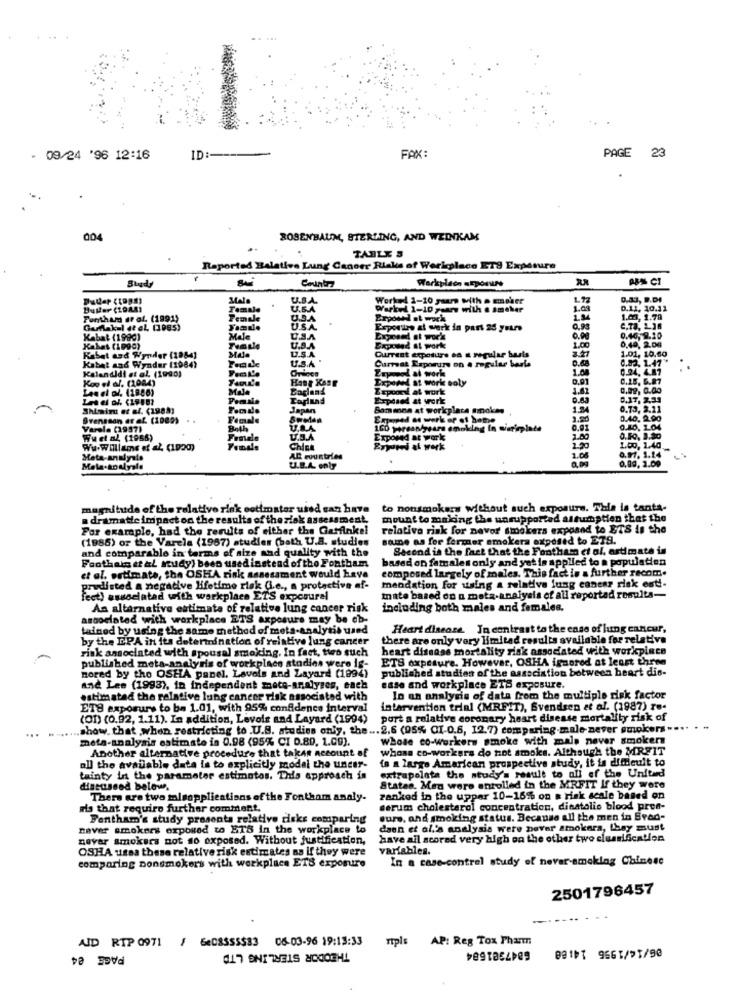
. 09/24 '96 12:16
ID :---
FAX:
PAGE 23
004
ROSENBAUM, STERLING, AND WEDNIKAM
Reported Halative Lung Cancer Risks of Workplace ETS Experure
Country
Werkpleon neporurs
ABN CI
Bugdy
U.S.A.
Worked 1-10 years with a smoker
L12
Temale
U.S.A
Werkel 1-10 years with . smaker
1.68
D.12, 10.11
Fontham ar of. (1991)
Female
0.3.4
Exposed at work
1.03. 1.78
Gurfakul et al. (1985)
SA
Erportes at werk in part 25 years
C.Ta, 1.16
Kabat (1990)
Male
0.08
0.46, 8.10
Kabat (1990)
Mate
U.S.A
Exposed IL pork
Current exposure da a regular basis
1.00
0,49, 2,00
1.01, 10,60
Rabat and Wynder (1984]
U.S.A.
Current Exporurs on A regular basis
0.82. 1.47
Kabat and Wynder (1984)
Kalandidi et al. (1990)
Eryouod at work
0.24. 4.87
Kop et al. (2084)
wod at work soly
0,91
0.15. 6.87
Male
Eaglans
Expoord at work
1.61
0.92, 0.00
Intel of, (19882
Tadund
Exposed at werk
0.63
0,17, 2,33
Shimint et al. (1988)
Japan
Bominna at workplace smokes
1.34
0.73, 2.11
Svensson at af (1989) ..
Female
Sweden
Enused as werk of of hethe
2.80
0.40. 2.90
Versla (1957)
Both
U.S.A
160 press/ sure enoking In wigrirplate
0.01
0,10, 104
Wuet al (1966)
U.S.A
Exposed at work
1.80
0.50. 1.30
Wu.Williams et al (1920)
China
Erwid al verk
1.20
1.00, 1.40
0.97. 1.14
Meta-analysis
AD countries
1.08
0,89, 1.00
U.S.A. only
magnitude of the relative risk cotimater used can have
to nonsmokers without such exposure. This is tanta-
a dramatic impact on the results of the risk assessment,
mount to making the unsupported altoptien that the
For example, had the results of either the Garfinkel
relative risk for nevor smokers exposed to BTS is the
(1986) or the Varela (1987) studies (both U.S. studies
some as for fermer smokers exposed to ETS.
and comparable in terms of size and quality with the
Second is the fact that the Fontham et of, artimate in
based on females only and yet is applied to a population
Foothain et al study) been used instead of the Fontham
composed largely of males. This fact is a further recom.
et al. estimate, the OSHA risk assessment would have
mandation for using a relative fung conesz risk est !-
prudisted a negative lifetime risk (i.e ., a protective af-
fect) associated with workplace ETS exposurel
mate based on a meta-analysis of all reported resulta-
An alternative estimate of relative lung cancer risk
including both males and females.
associated with workplace ETS axposure may be ob-
tained by using the same method of meta-analytil used
Heart disease. In contrast to the case of lung cancer,
by the EPA in its determination of relative lung cancer
there are only very limited results available for relativa
risk associated with spousal smoking. In fact, ties such
heart disease mortality risk associated with workpince
ETS expesure. However, OSHA ignored at least three
published meta-analysis of workplace atodinn were is-
published studies of the association between heart dis-
nored by the OSHA panel. Lavols and Layard (1994)
and Lee (1993), in independent mote-analyses, each
esse and workplace ETS exposure.
estimated the relative lung cancer risk associated with
In an analysis of data from the multiple risk factor
ET8 exposure to be 1.01, with 95% confidence interval
intervention trial (MRFIT), Svendsen et al. (1987) re-
(Of) (0.92, 1.11). In addition, Levoir and Layard (1994)
port a relative coronary heart disease mortality risk of
...... show. that when restricting to .U.S. studies only, the ... 2.6 (95% CI-0.6, 12.7) comparing-male never smokers "
meta-analysis estimate in 0.98 (95% CI 0.80. 1.00).
Whole co-workers smoke with male never smokers
Another alternative procedure that taken necount af
whose co-workers do not smoke. Although the MRFIT
in a large Amarican prospective study, it is difficult to
all the available data la to explicitly model the uncer-
extrapolata the study's result to off of the United
tainty in the parameter estimates. This approach in
discussed below.
States. Men were enrolled in the MRFIT If they were
There are two misapplications of the Fontham analy-
ranked in the upper 10-15% on a risk scale based on
ris that require further comment,
serum cholesterol concentration, dinatalie blood pren-
Fentham's study presents relative disks comparing
sure, and smoking status. Because all the men in Bred-
naver smokers exposed to ETS in the workplace to
daen et al.'s analysis were never smokers, they must
never smokers not so exposed. Without justification,
have ail scored very high on the other two classification
OSHA ussa these relative risk estimates na if they were
variables.
In a case-contrel study of never-smoking Chinese
comparing nonsmokers with workplace ETS exposure
2501796457
AJD RTP 0971 / 6408SSS$83 06-03-96 19:13:33
rtpls
AP: Reg Tox Pharm
PAGE 84
6847381684
0011 9661/93/90